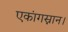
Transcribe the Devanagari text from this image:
एकांगस्नान।